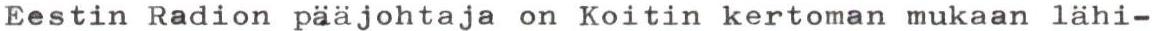
Eestin Radion pääjohtaja on Koitin kertoman mukaan lähi-